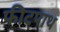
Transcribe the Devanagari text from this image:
फीटपाथ